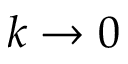
k \rightarrow 0